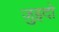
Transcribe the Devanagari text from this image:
ज़ुइदो